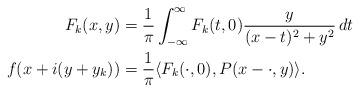
LaTeX: \begin{align*}F_k(x,y) &= \frac{1}{\pi} \int_{-\infty}^\infty F_k(t,0)\frac{y}{(x-t)^2 + y^2}\,dt \\f(x+i(y +y_k)) &= \frac{1}{\pi} \langle F_k(\cdot, 0), P(x-\cdot,y)\rangle.\end{align*}